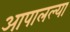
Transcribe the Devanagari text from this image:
आपालल्या